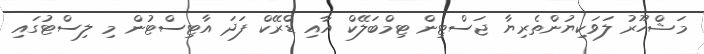
މަޝްހޫރު ލަވަކިޔުންތެރިޔާ ޖަސްޓިން ޓިމްބަލޭކް އާއި ޑްރޭކް ފަދަ އާޓިސްޓުން މި ލިސްޓުގައި